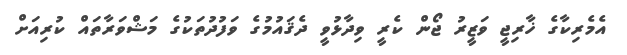
އެމެރިކާގެ ޚާރިޖީ ވަޒީރު ޖޯން ކެރީ ވިދާޅުވީ ދެޤައުމުގެ ވަފުދުތަކުގެ މަޝްވަރާތައް ކުރިއަށް